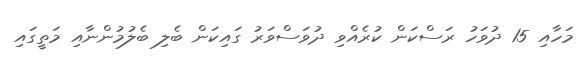
މަހާއި 15 ދުވަހު ރަސްކަން ކުރެއްވި ދުވަސްވަރު ގައިކަން ބެލި ބެލުމުންނާއި މަތީގައި